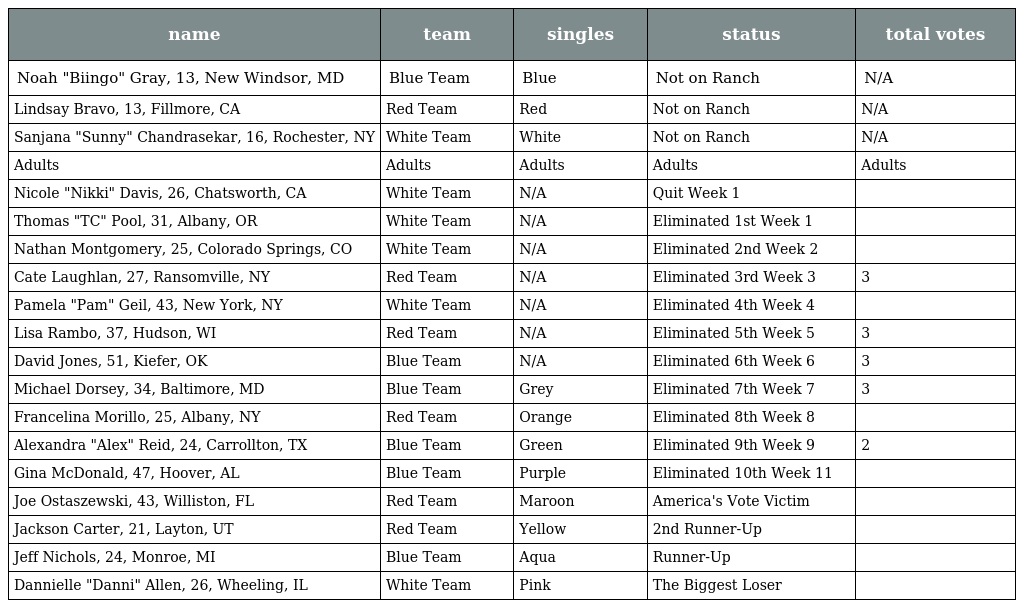
| name | team | singles | status | total votes |
 | --- | --- | --- | --- | --- |
 | Noah "Biingo" Gray, 13, New Windsor, MD | Blue Team | Blue | Not on Ranch | N/A |
 | Lindsay Bravo, 13, Fillmore, CA | Red Team | Red | Not on Ranch | N/A |
 | Sanjana "Sunny" Chandrasekar, 16, Rochester, NY | White Team | White | Not on Ranch | N/A |
 | Adults | Adults | Adults | Adults | Adults |
 | Nicole "Nikki" Davis, 26, Chatsworth, CA | White Team | N/A | Quit Week 1 |  |
 | Thomas "TC" Pool, 31, Albany, OR | White Team | N/A | Eliminated 1st Week 1 |  |
 | Nathan Montgomery, 25, Colorado Springs, CO | White Team | N/A | Eliminated 2nd Week 2 |  |
 | Cate Laughlan, 27, Ransomville, NY | Red Team | N/A | Eliminated 3rd Week 3 | 3 |
 | Pamela "Pam" Geil, 43, New York, NY | White Team | N/A | Eliminated 4th Week 4 |  |
 | Lisa Rambo, 37, Hudson, WI | Red Team | N/A | Eliminated 5th Week 5 | 3 |
 | David Jones, 51, Kiefer, OK | Blue Team | N/A | Eliminated 6th Week 6 | 3 |
 | Michael Dorsey, 34, Baltimore, MD | Blue Team | Grey | Eliminated 7th Week 7 | 3 |
 | Francelina Morillo, 25, Albany, NY | Red Team | Orange | Eliminated 8th Week 8 |  |
 | Alexandra "Alex" Reid, 24, Carrollton, TX | Blue Team | Green | Eliminated 9th Week 9 | 2 |
 | Gina McDonald, 47, Hoover, AL | Blue Team | Purple | Eliminated 10th Week 11 |  |
 | Joe Ostaszewski, 43, Williston, FL | Red Team | Maroon | America's Vote Victim |  |
 | Jackson Carter, 21, Layton, UT | Red Team | Yellow | 2nd Runner-Up |  |
 | Jeff Nichols, 24, Monroe, MI | Blue Team | Aqua | Runner-Up |  |
 | Dannielle "Danni" Allen, 26, Wheeling, IL | White Team | Pink | The Biggest Loser |  |